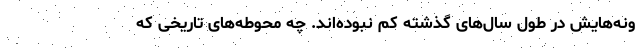
ونه‌هایش در طول سال‌های گذشته کم نبوده‌اند. چه محوطه‌های تاریخی که